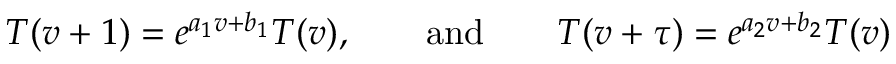
T ( v + 1 ) = e ^ { a _ { 1 } v + b _ { 1 } } T ( v ) , \qquad \mathrm { a n d } \qquad T ( v + \tau ) = e ^ { a _ { 2 } v + b _ { 2 } } T ( v )